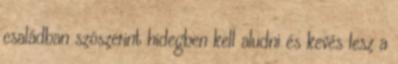
családban szószerint hidegben kell aludni és kevés lesz a